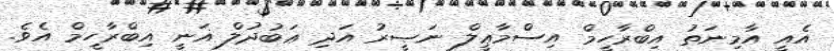
އެއީ އާމިނަތު އިބްރާހީމް އިސްމާޢީލް ނަޞީރު އަދި ޢަބުދުލް ޣަނީ އިބްރާހީމް އެވެ.